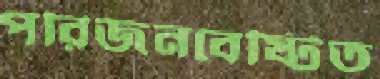
পরিজনবেষ্টিত